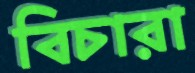
বিচারা